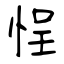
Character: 悜